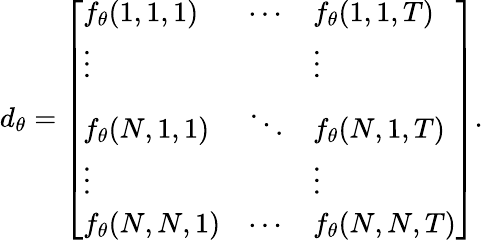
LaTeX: d_{\theta}=\left[\begin{array}{lll}{f_{\theta}(1,1,1)}&{\cdots}&{f_{\theta}(1,1,T)}\\ {\vdots}&{}&{\vdots}\\ {f_{\theta}(N,1,1)}&{\ddots}&{f_{\theta}(N,1,T)}\\ {\vdots}&{}&{\vdots}\\ {f_{\theta}(N,N,1)}&{\cdots}&{f_{\theta}(N,N,T)}\end{array}\right].